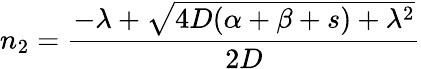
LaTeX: n_{2}=\frac{-\lambda+\sqrt{4D(\alpha+\beta+s)+\lambda^{2}}}{2D}